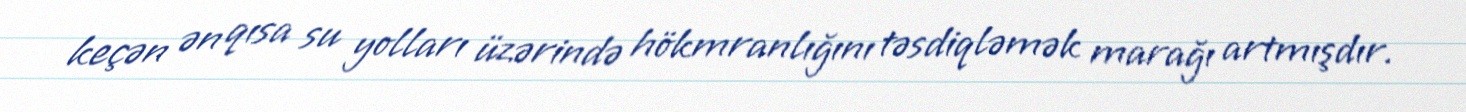
keçən ən qısa su yolları üzərində hökmranlığını təsdiqləmək marağı artmışdır.